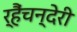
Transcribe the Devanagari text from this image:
र्हैंचन्देरी